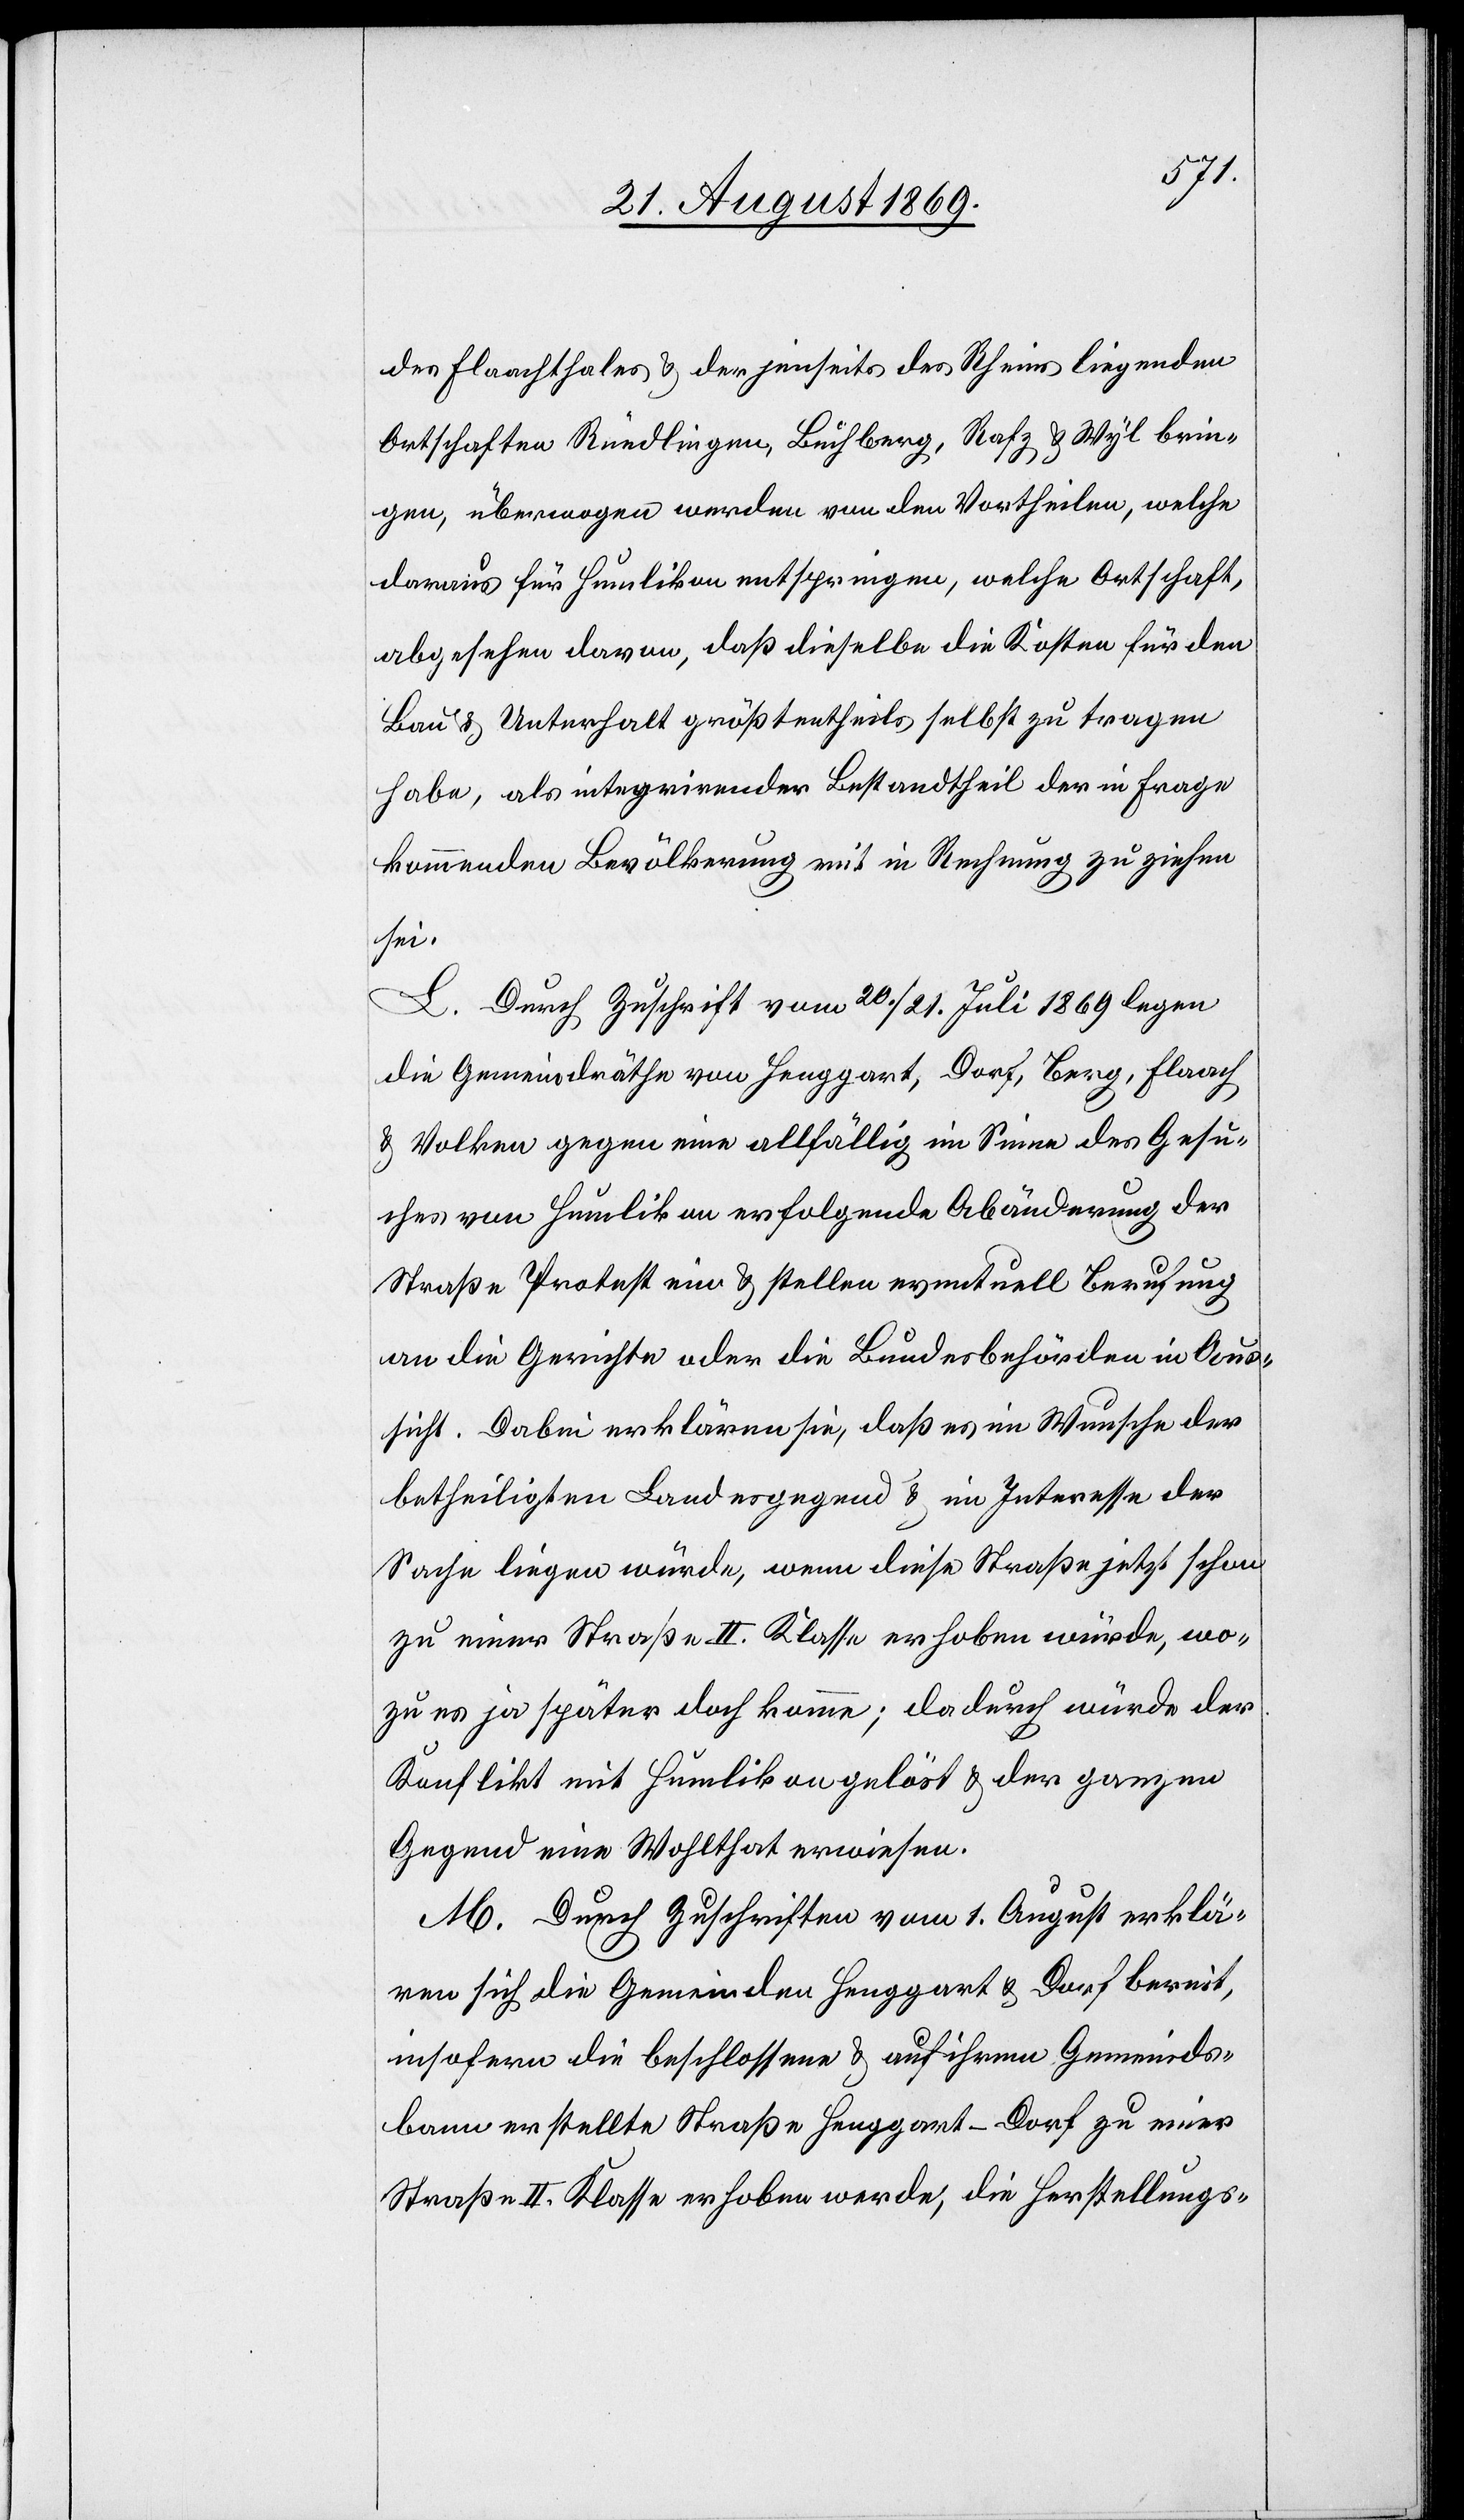
des Flaachthales & der jenseits des Rheins liegenden
Ortschaften Rüedlingen, Buchberg, Rafz & Wyl brin¬
gen, überwogen werden von den Vortheilen, welche
daraus für Humlikon entspringen, welche Ortschaft,
abgesehen davon, daß dieselbe die Kosten für den
Bau & Unterhalt größtentheils selbst zu tragen
habe, als integrirender Bestandtheil der in Frage
kommenden Bevölkerung mit in Rechnung zu ziehen
sei.
L. Durch Zuschrift vom 20./21. Juli 1869 legen
die Gemeindräthe von Henggart, Dorf, Berg, Flaach
& Volken gegen eine allfällig im Sinne des Gesu¬
ches von Humlikon erfolgende Abänderung der
Straße Protest ein & stellen eventuell Berufung
an die Gerichte oder die Bundesbehörden in Aus¬
sicht. Dabei erklären sie, daß es im Wunsche der
betheiligten Landesgegend & im Interesse der
Sache liegen würde, wenn diese Straße jetzt schon
zu einer Straße II. Klasse erhoben würde, wo¬
zu es ja später doch komme; dadurch würde der
Konflikt mit Humlikon gelöst & der ganzen
Gegend eine Wohlthat erwiesen.
M. Durch Zuschriften vom 1. August erklä¬
ren sich die Gemeinden Henggart & Dorf bereit,
insofern die beschlossene & auf ihrem Gemeinds¬
bann erstellte Straße Henggart–Dorf zu einer
Straße II. Klasse erhoben werde, die Herstellungs-